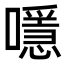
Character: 𡁋